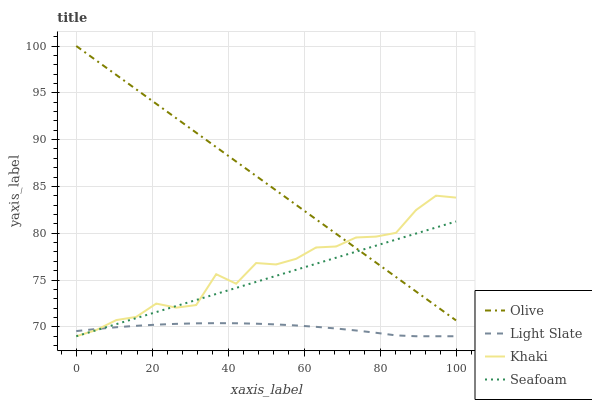
| xaxis_label | Olive | Light Slate | Khaki | Seafoam |
 | --- | --- | --- | --- | --- |
 | 0 | 100 | 69.6 | 69 | 69 |
 | 5.26 | 98.5 | 69.8 | 69.7 | 69.6 |
 | 10.5 | 96.9 | 70 | 70.7 | 70.3 |
 | 15.8 | 95.4 | 70.1 | 71.1 | 70.9 |
 | 21.1 | 93.8 | 70.2 | 72.5 | 71.6 |
 | 26.3 | 92.3 | 70.3 | 72.1 | 72.2 |
 | 31.6 | 90.7 | 70.4 | 72.3 | 72.9 |
 | 36.8 | 89.2 | 70.4 | 75.6 | 73.5 |
 | 42.1 | 87.7 | 70.4 | 74.6 | 74.2 |
 | 47.4 | 86.1 | 70.3 | 76.8 | 74.8 |
 | 52.6 | 84.6 | 70.3 | 76.7 | 75.5 |
 | 57.9 | 83 | 70.2 | 77.3 | 76.1 |
 | 63.2 | 81.5 | 70 | 78.5 | 76.7 |
 | 68.4 | 79.9 | 69.8 | 78.6 | 77.4 |
 | 73.7 | 78.4 | 69.6 | 79.6 | 78 |
 | 78.9 | 76.9 | 69.4 | 79.6 | 78.7 |
 | 84.2 | 75.3 | 69.1 | 80 | 79.3 |
 | 89.5 | 73.8 | 69 | 82.5 | 80 |
 | 94.7 | 72.2 | 69 | 84 | 80.6 |
 | 100 | 70.7 | 69 | 83.8 | 81.3 |